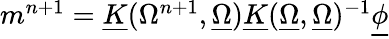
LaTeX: \begin{array}{r}{m^{n+1}=\underline{{K}}(\Omega^{n+1},\underline{{\Omega}})\underline{{K}}(\underline{{\Omega}},\underline{{\Omega}})^{-1}\underline{{\phi}}}\end{array}